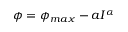
\phi = \phi _ { m a x } - a I ^ { \alpha }